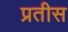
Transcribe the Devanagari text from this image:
प्रतीस